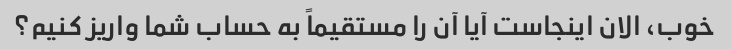
خوب، الان اینجاست آیا آن را مستقیماً به حساب شما واریز کنیم؟